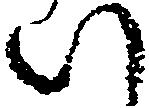
い